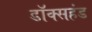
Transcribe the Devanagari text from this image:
डॉक्सहंड